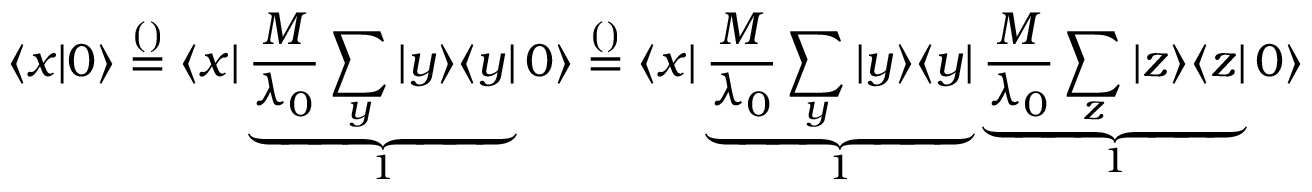
\langle x | 0 \rangle \overset { \footnotesize ( ) } { = } \langle x | \underbrace { \frac { M } { \lambda _ { 0 } } \sum _ { y } | y \rangle \langle y | } _ { 1 } 0 \rangle \overset { \footnotesize ( ) } { = } \langle x | \underbrace { \frac { M } { \lambda _ { 0 } } \sum _ { y } | y \rangle \langle y | } _ { 1 } \underbrace { \frac { M } { \lambda _ { 0 } } \sum _ { z } | z \rangle \langle z | } _ { 1 } 0 \rangle